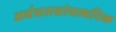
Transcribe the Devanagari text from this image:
अर्धशतसांवत्सरिक